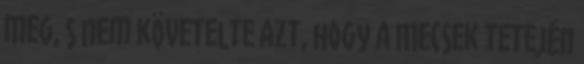
meg, s nem követelte azt, hogy a Mecsek tetején